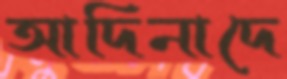
আদিনাদে